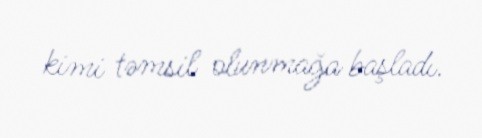
kimi təmsil olunmağa başladı.